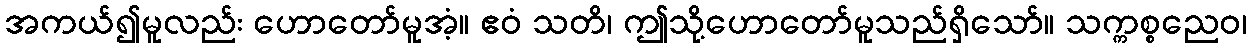
အကယ်၍မူလည်း ဟောတော်မူအံ့။ ဧဝံ သတိ၊ ဤသို့ဟောတော်မူသည်ရှိသော်။ သက္ကစ္စညေဝ၊